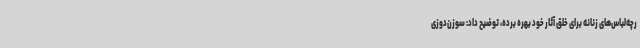
رچه‌لباس‌های زنانه برای خلق آثار خود بهره برده، توضیح داد: سوزن‌دوزی